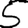
Digit: 5